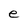
Character: e